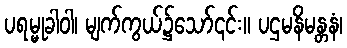
ပရမ္မုခါဝါ၊ မျက်ကွယ်၌သော်၎င်း။ ပဌမနိမန္တနံ၊